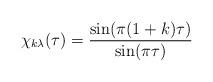
LaTeX: \begin{align*}\chi _{k\lambda }(\tau )=\frac{\sin (\pi (1+k)\tau )}{\sin (\pi \tau )}\end{align*}